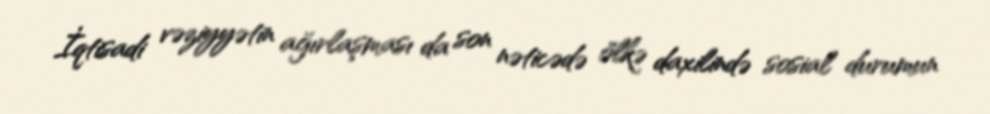
İqtisadi vəziyyətin ağırlaşması da son nəticədə ölkə daxilində sosial durumun